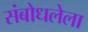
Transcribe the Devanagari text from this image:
संबोधलेला